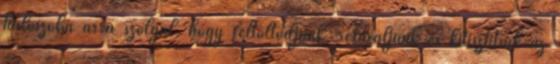
hálószoba arra szolgál, hogy feltöltődjünk, relaxáljunk és kitisztítsuk az